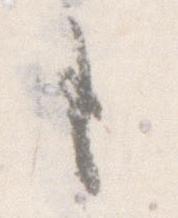
も